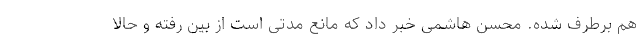
هم برطرف شده. محسن هاشمی خبر داد که مانع مدتی است از بین رفته و حالا